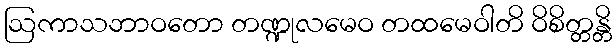
ဩကာသဘာဝတော တဏ္ဍုလမေဝ တထမေဝါတိ ဝိစိတ္တန္တိ